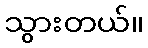
သွားတယ်။